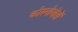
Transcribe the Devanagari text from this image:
कोस्मोनोतों